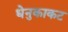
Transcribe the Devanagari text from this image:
धेनुकाकट